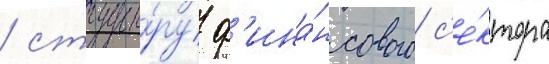
/ структу́ру ф'ина́нсового с'е́ктора